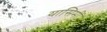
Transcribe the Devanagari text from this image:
यासिमी